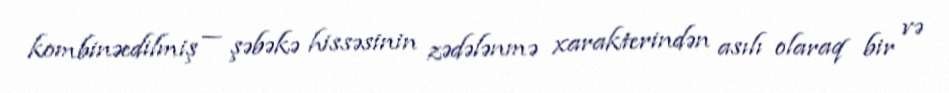
kombinəedilmiş — şəbəkə hissəsinin zədələnmə xarakterindən asılı olaraq bir və